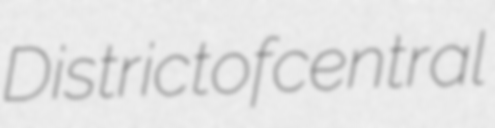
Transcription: District of central